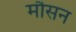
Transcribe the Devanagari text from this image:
मौसन